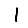
Digit: 1